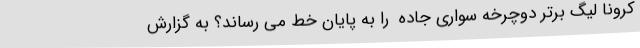
کرونا لیگ برتر دوچرخه سواری جاده  را به پایان خط می رساند؟ به گزارش